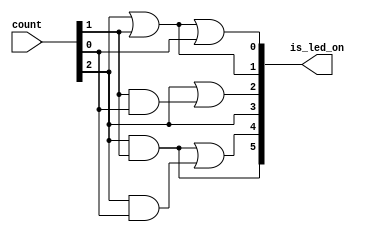
/* CSED273 Final project */

`timescale 1ns / 1ps

module PasswordLedManager(
    input [2:0] count,
    output [5:0] is_led_on
);
    assign is_led_on[0] = count[2] | count[1] | count[0];
    assign is_led_on[1] = count[2] | count[1];
    assign is_led_on[2] = count[2] | count[1] & count[0];
    assign is_led_on[3] = count[2];
    assign is_led_on[4] = count[2] & count[1] | count[2] & count[0];
    assign is_led_on[5] = count[2] & count[1];

endmodule